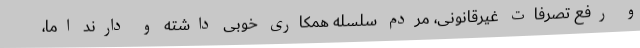
و رفع تصرفات غیرقانونی، مردم سلسله همکاری خوبی داشته و دارند اما،